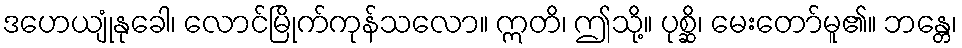
ဒဟေယျုံနုခေါ၊ လောင်မြိုက်ကုန်သလော။ ဣတိ၊ ဤသို့။ ပုစ္ဆိ၊ မေးတော်မူ၏။ ဘန္တေ၊